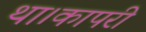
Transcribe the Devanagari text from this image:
था।कापरी